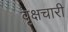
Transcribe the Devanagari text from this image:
वृक्षचारी